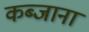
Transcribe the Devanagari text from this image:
कब्जाना